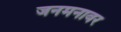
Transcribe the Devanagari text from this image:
जनमनावर